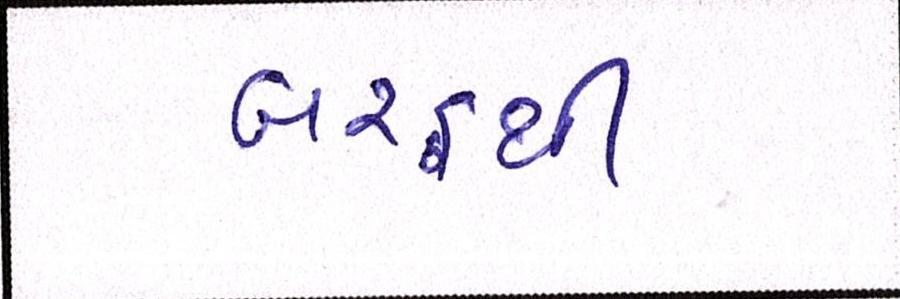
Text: બરફથી